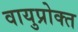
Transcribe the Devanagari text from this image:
वायुप्रोक्त